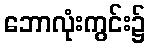
ဘောလုံးကွင်း၌